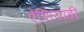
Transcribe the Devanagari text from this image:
ऐशियाही